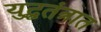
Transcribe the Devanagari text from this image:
युद्धतंत्रात